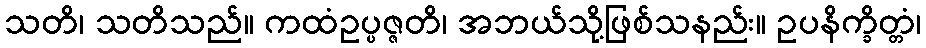
သတိ၊ သတိသည်။ ကထံဥပ္ပဇ္ဇတိ၊ အဘယ်သို့ဖြစ်သနည်း။ ဥပနိက္ခိတ္တံ၊